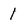
Character: 1